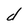
Character: d